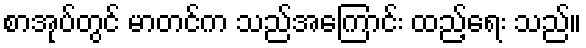
စာအုပ်တွင် မာတင်က သည်အကြောင်း ထည့်ရေး သည်။